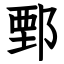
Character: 鄄